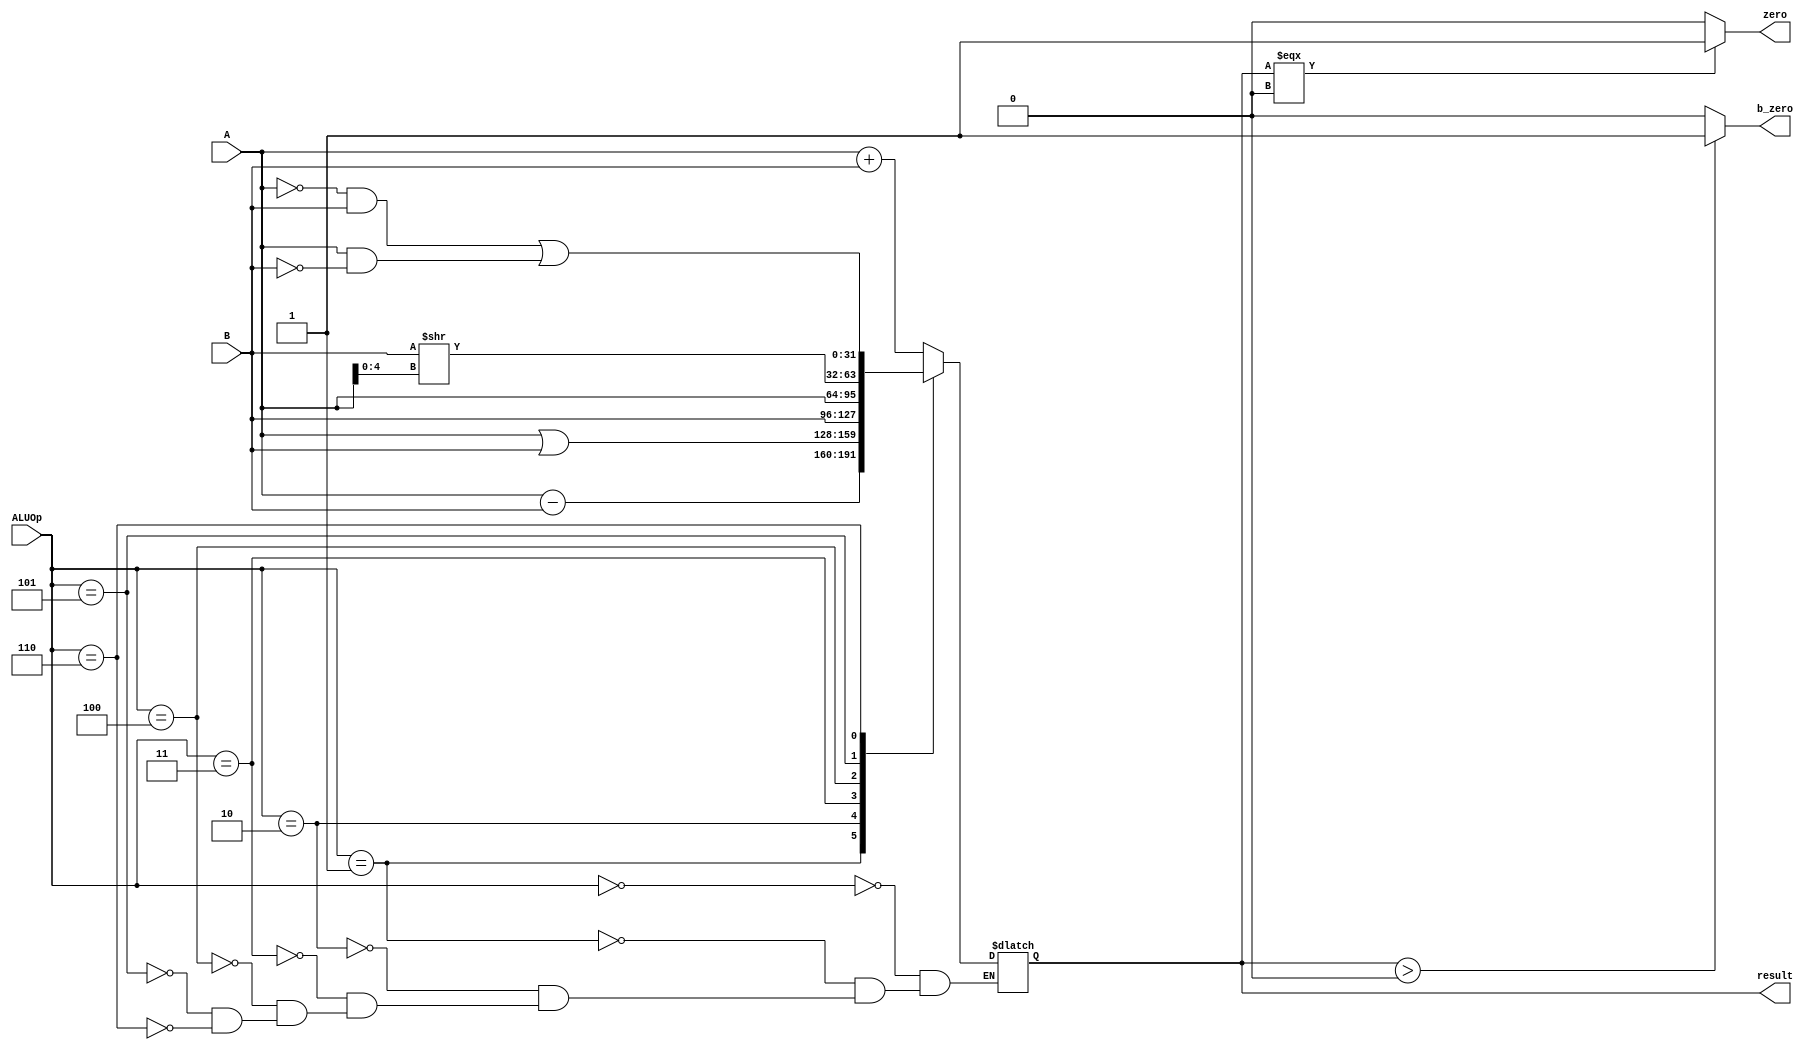
`timescale 1ns / 1ps
//////////////////////////////////////////////////////////////////////////////////
// Company: 
// Engineer: 
// 
// Design Name: 
// Module Name:    alu 
// Project Name: 
// Target Devices: 
// Tool versions: 
// Description: 
//
// Dependencies: 
//
// Revision: 
// Revision 0.01 - File Created
// Additional Comments: 
//
//////////////////////////////////////////////////////////////////////////////////
module alu(
    input [31:0] A,
    input [31:0] B,
    input [2:0] ALUOp,
    output zero,
	 output b_zero,
    output [31:0] result
    );
	 
	 reg [31:0] r;
	 parameter ADD = 3'b000;
	 parameter SUB = 3'b001;
	 parameter OR = 3'b010;
	 parameter CB = 3'b011;
	 parameter BZ = 3'b100;
	 parameter RML = 3'b101;
	 parameter XOR = 3'b110;
	 
	 initial begin
		r <= 32'b0;
	 end
	 
	 assign result = r;
	 assign zero = (r === 0)?1:0;
	 assign b_zero = (r > 0)?1:0;
	 always@(A,B,ALUOp)begin
		case(ALUOp)
		ADD : r <= A + B;
		SUB : r <= A - B;
		OR : r <= A | B;
		CB : r <= B;
		BZ : r <= A;
		RML : r <= (B >> A[4:0]);
		XOR : r <= (!A & B) | (A & !B);
		endcase
	 end
endmodule